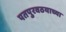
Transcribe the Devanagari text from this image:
पतपुरवठयाच्या